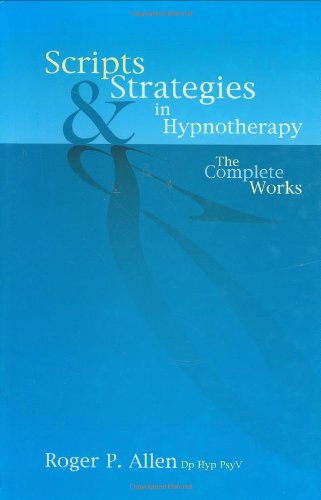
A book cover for Scripts and Strategies in Hypnotherapy: The Complete Works; Roger P. Allen; Health, Fitness & Dieting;